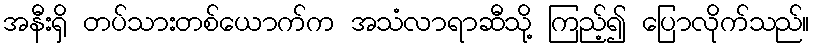
အနီးရှိ တပ်သားတစ်ယောက်က အသံလာရာဆီသို့ ကြည့်၍ ပြောလိုက်သည်။